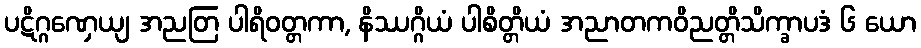
ပဋိဂ္ဂဏှေယျ အညတြ ပါရိဝတ္တကာ, နိဿဂ္ဂိယံ ပါစိတ္တိယံ အညာတကဝိညတ္တိသိက္ခာပဒံ ၆ ယော